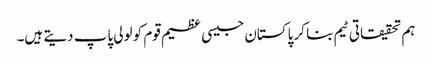
ہم تحقیقاتی ٹیم بنا کر پاکستان جیسی عظیم قوم کو لولی پاپ دیتے ہیں۔